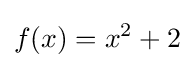
f(x)=x^{2}+2